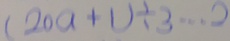
( 2 0 a + 1 ) \div 3 \cdots 2